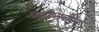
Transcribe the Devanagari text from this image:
आईएसबीऍन